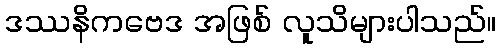
ဒဿနိကဗေဒ အဖြစ် လူသိများပါသည်။